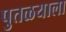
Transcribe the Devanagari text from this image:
पुतळयाला